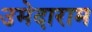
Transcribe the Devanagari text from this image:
उमेदाराम